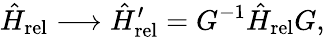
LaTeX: \hat{H}_{\mathrm{rel}}\longrightarrow\hat{H}_{\mathrm{rel}}^{\prime}=G^{-1}\hat{H}_{\mathrm{rel}}G,